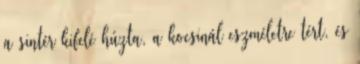
a sintér kifelé húzta, a kocsinál eszméletre tért, és